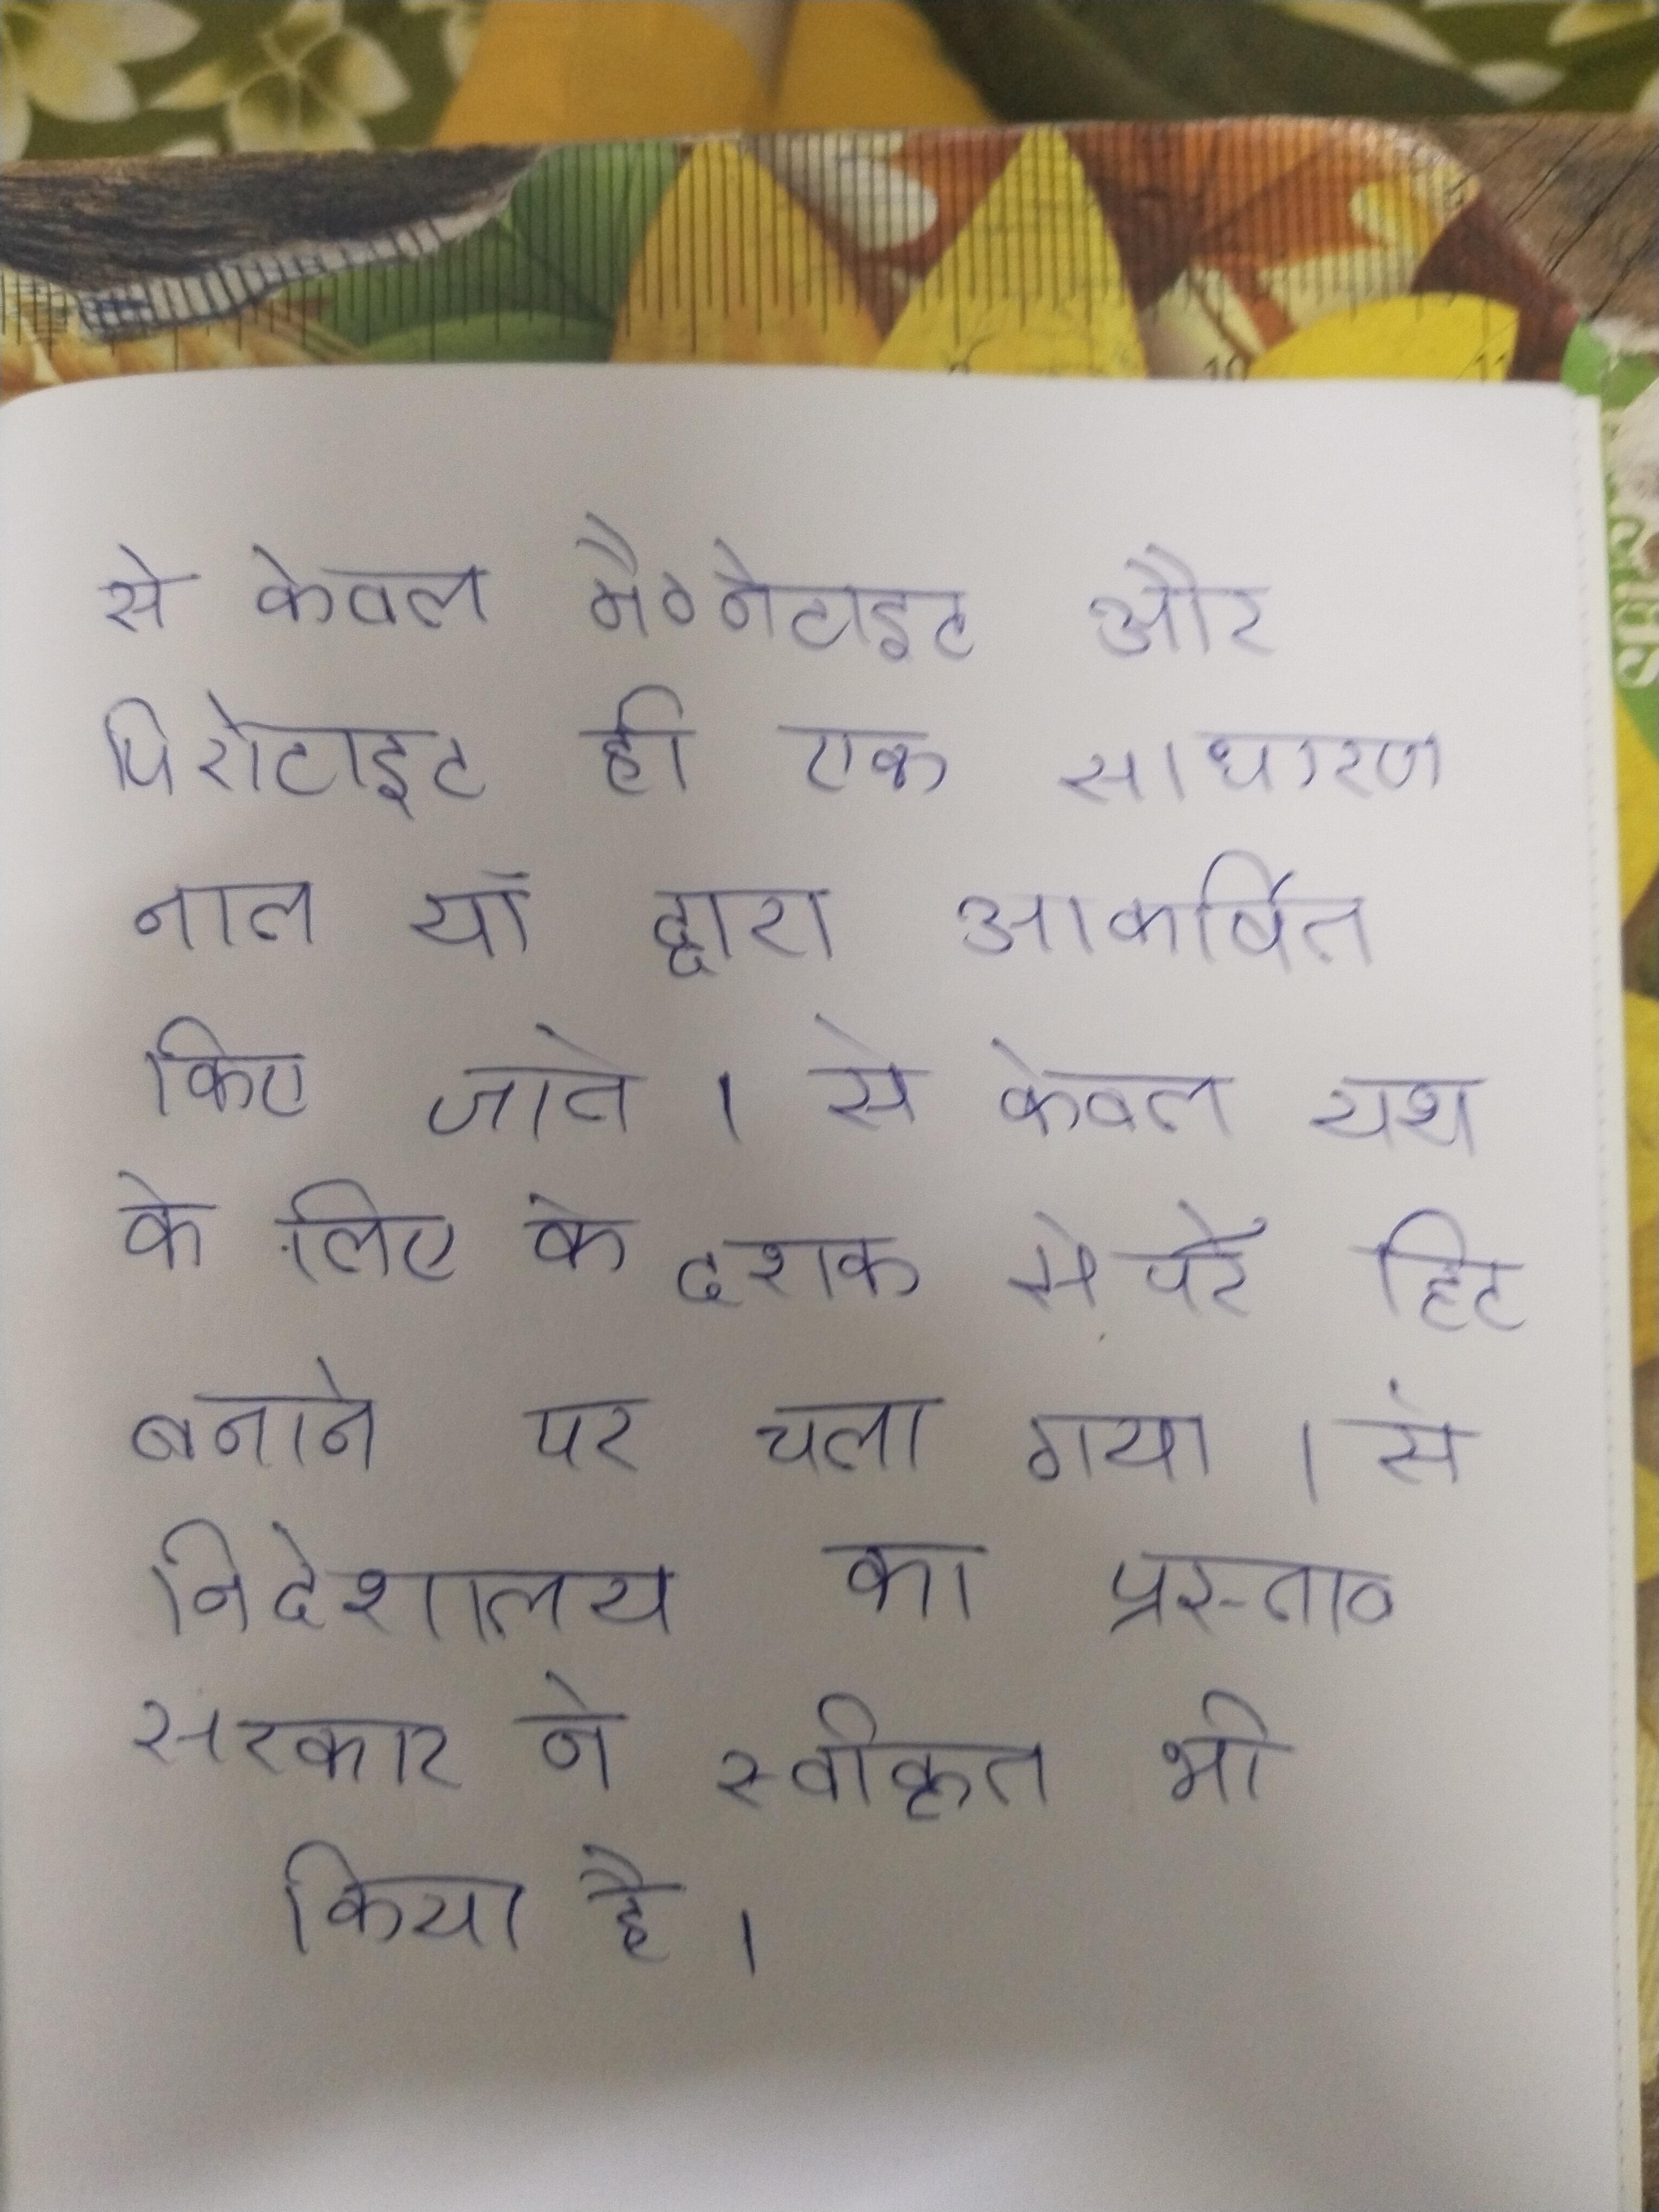
से केवल मैग्नेटाइट और पिरोटाइट ही एक साधारण नाल या द्वारा आकर्षित किए जाते । से केवल यश के लिए के दशक से परे हिट बनाने पर चला गया । से निदेशालय का प्रस्ताव सरकार ने स्वीकृत करके उसे कार्य परिणत भी किया है ।